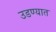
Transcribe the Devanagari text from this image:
उडण्यात